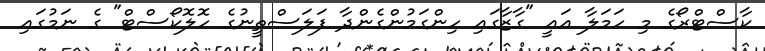
ކާސްޓްރޯގެ މި ހަމަލާ އައީ "ގާޒާގައި ހިންގަމުންގެންދާ ފަލަސްތީނުގެ ހޮލޮކޯސްޓް" ގެ ނަމުގައި